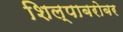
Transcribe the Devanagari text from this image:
शिल्पाबरोबर